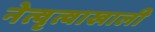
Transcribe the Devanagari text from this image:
नेत्वृत्वाखाली